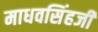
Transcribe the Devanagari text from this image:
माधवसिंहजी